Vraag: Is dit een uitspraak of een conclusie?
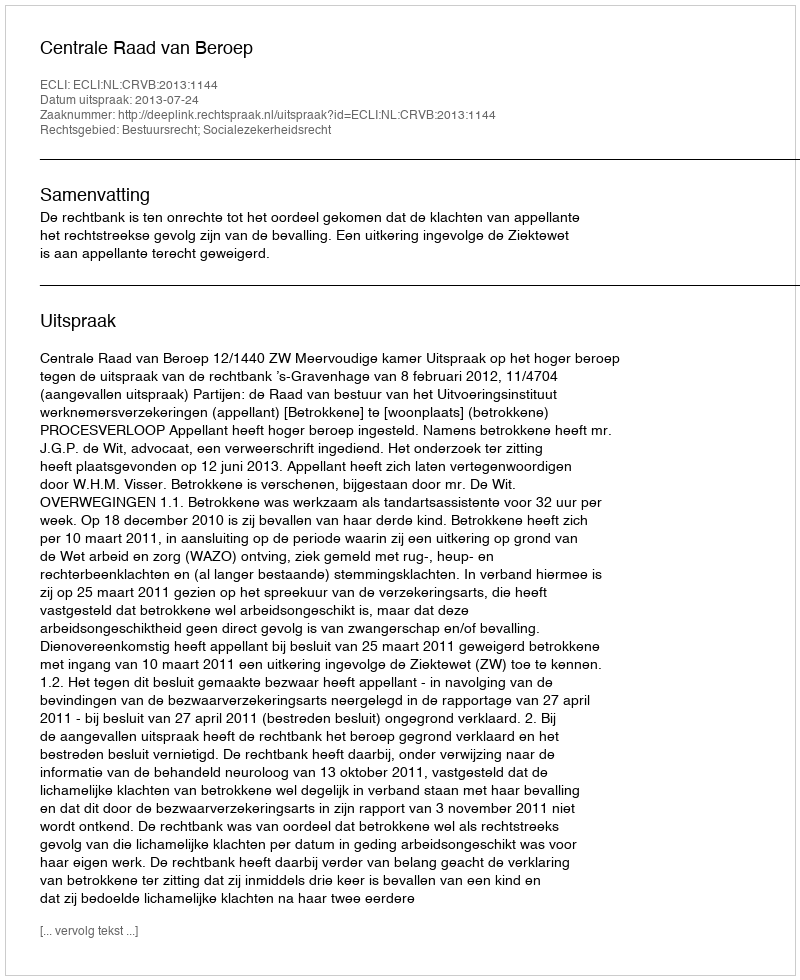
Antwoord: Uitspraak